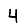
Digit: 4